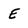
Character: E